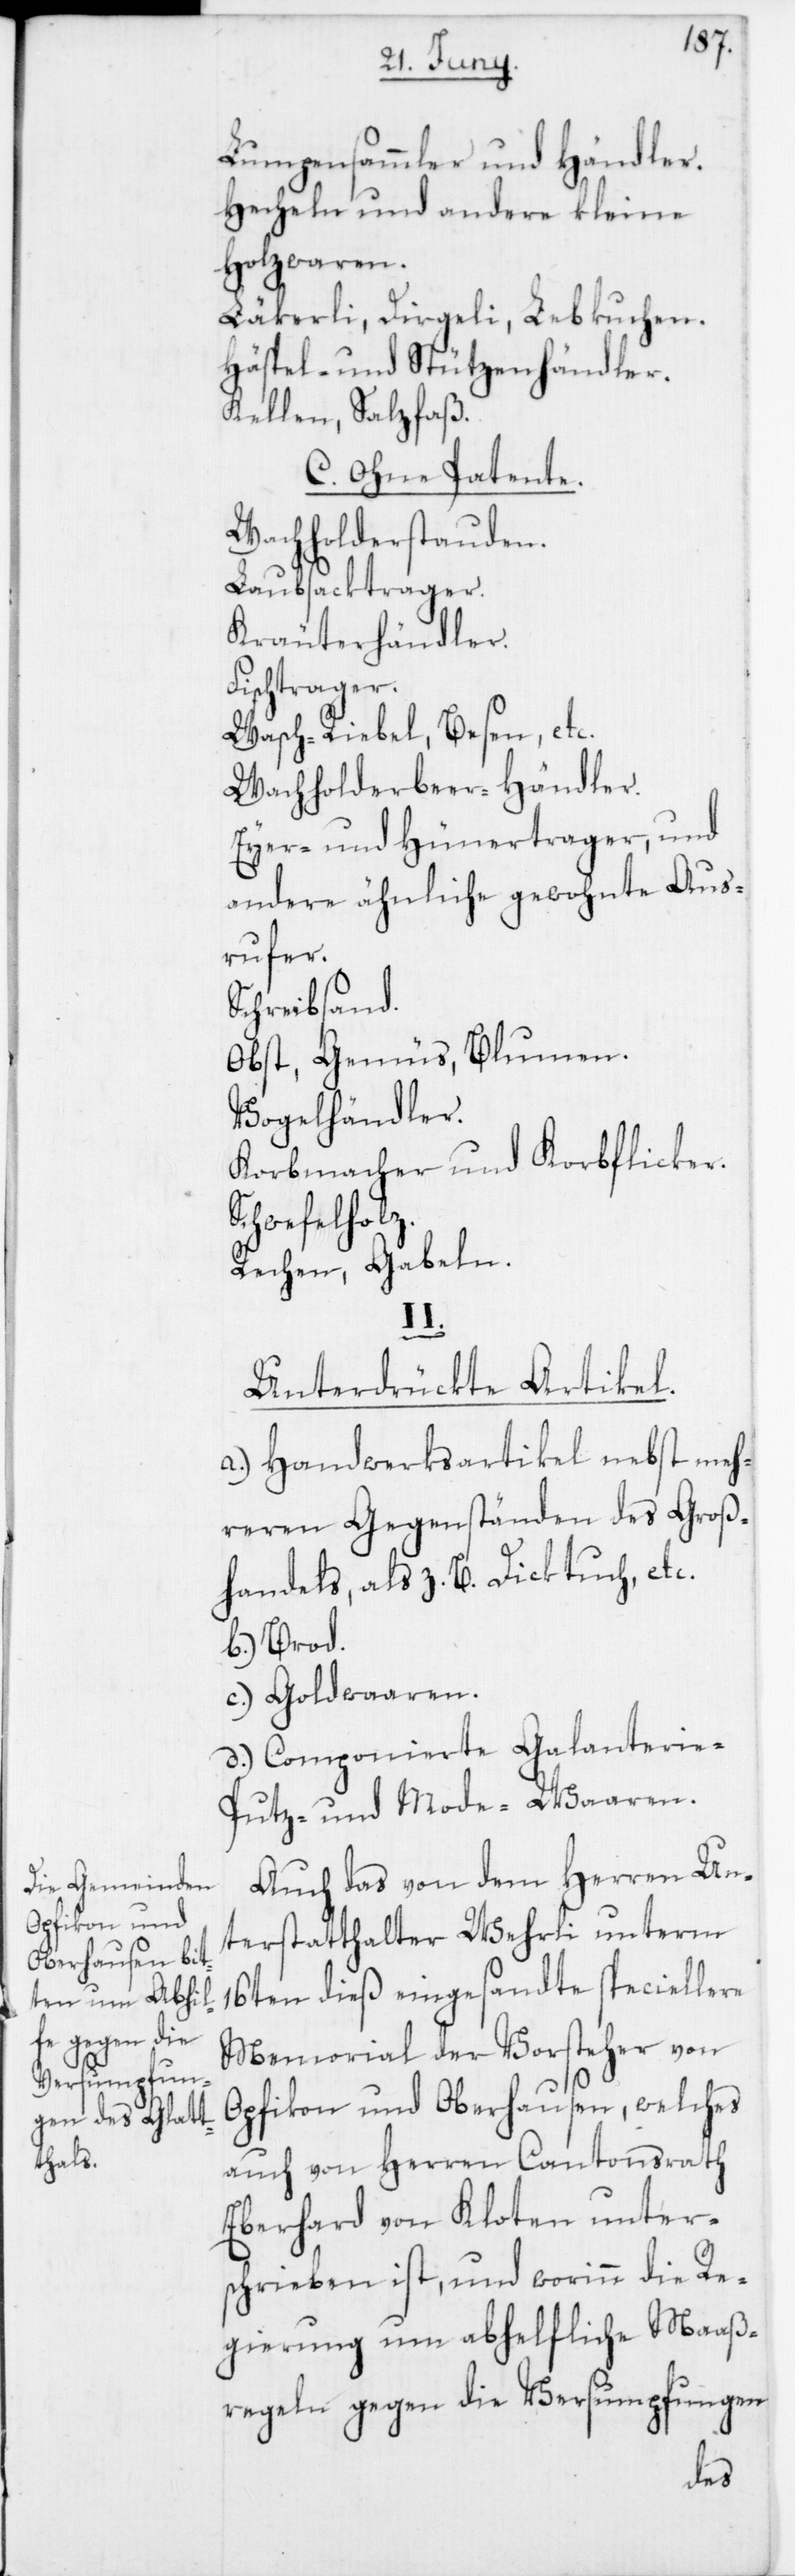
Lumpensammler und Händler.
Hecheln und andere kleine
Holzwaren.
Läkerli, Dirgeli, Lebkuchen.
Häspel- und Stützenhändler.
Kellen, Salzfaß.
C. Ohne Patente.
Wachholderstauden.
Laubsacktrager.
Kräuterhändler.
Fischtrager.
Wasch-Riebel, Besen, etc.
Wachholderbeer-Händler.
Eyer- und Hühnertrager, und
andere ähnliche gewohnte Aus¬
rufer.
Schreibsand.
Obst, Gemüs, Blumen.
Vogelhändler.
Korbmacher und Korbflicker.
Schwefelholz.
Rechen, Gabeln.
II.
Unterdrückte Artikel.
a) Handwerksartikel nebst meh¬
reren Gegenständen des Groß¬
handels, als z. B. Dicktuch, etc.
b) Brod.
c) Goldwaaren.
d) Componierte Galanterie-,
Putz- und Mode-Waaren.
Auch das von dem Herren Un¬
terstatthalter Wehrli unterm
16ten dieß eingesandte speciellere
Memorial der Vorsteher von
Opfikon und Oberhausen, welches
auch von Herren Cantonsrath
Eberhard von Kloten unters¬
chrieben ist, und worinn die Re¬
gierung um abhelfliche Maaß¬
regeln gegen die Versumpfungen